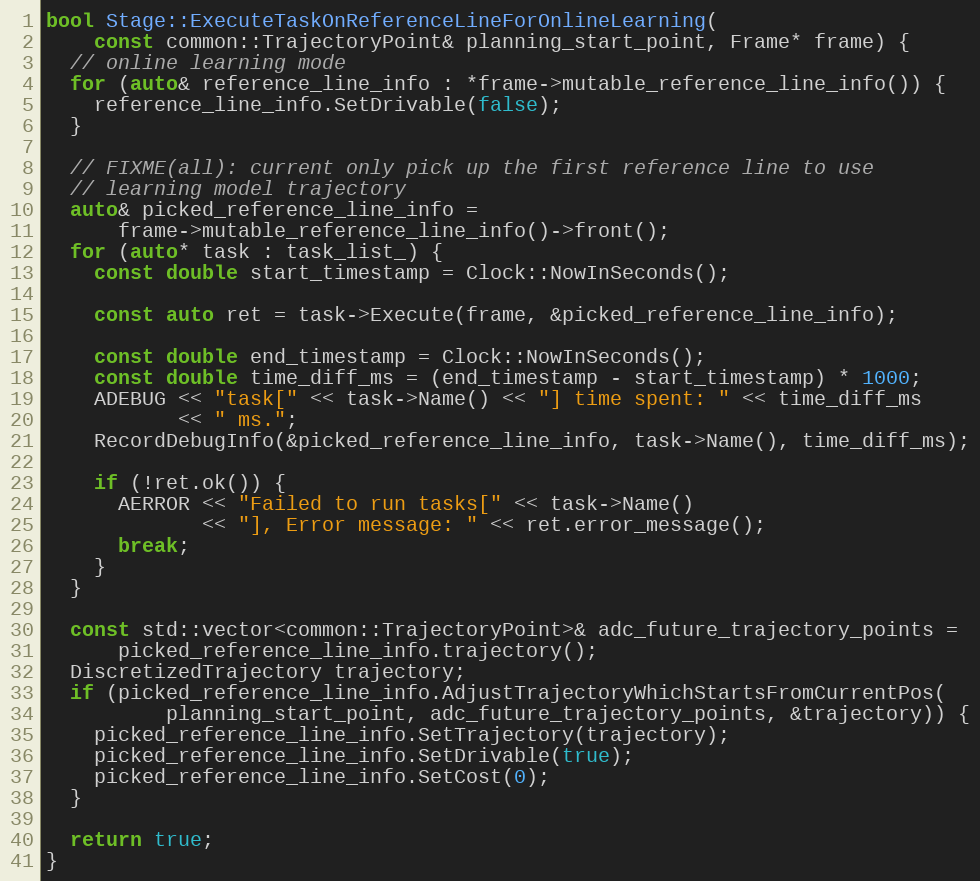
Language: C++
bool Stage::ExecuteTaskOnReferenceLineForOnlineLearning(
    const common::TrajectoryPoint& planning_start_point, Frame* frame) {
  // online learning mode
  for (auto& reference_line_info : *frame->mutable_reference_line_info()) {
    reference_line_info.SetDrivable(false);
  }

  // FIXME(all): current only pick up the first reference line to use
  // learning model trajectory
  auto& picked_reference_line_info =
      frame->mutable_reference_line_info()->front();
  for (auto* task : task_list_) {
    const double start_timestamp = Clock::NowInSeconds();

    const auto ret = task->Execute(frame, &picked_reference_line_info);

    const double end_timestamp = Clock::NowInSeconds();
    const double time_diff_ms = (end_timestamp - start_timestamp) * 1000;
    ADEBUG << "task[" << task->Name() << "] time spent: " << time_diff_ms
           << " ms.";
    RecordDebugInfo(&picked_reference_line_info, task->Name(), time_diff_ms);

    if (!ret.ok()) {
      AERROR << "Failed to run tasks[" << task->Name()
             << "], Error message: " << ret.error_message();
      break;
    }
  }

  const std::vector<common::TrajectoryPoint>& adc_future_trajectory_points =
      picked_reference_line_info.trajectory();
  DiscretizedTrajectory trajectory;
  if (picked_reference_line_info.AdjustTrajectoryWhichStartsFromCurrentPos(
          planning_start_point, adc_future_trajectory_points, &trajectory)) {
    picked_reference_line_info.SetTrajectory(trajectory);
    picked_reference_line_info.SetDrivable(true);
    picked_reference_line_info.SetCost(0);
  }

  return true;
}